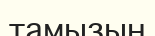
тамызын